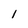
Character: l